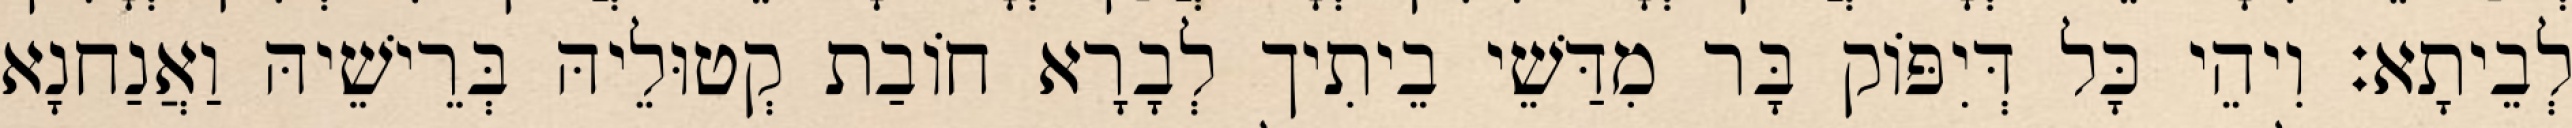
לְבֵיתָא׃ וִיהֵי כָּל דְּיִפּוֹק בָּר מִדַּשֵׁי בֵיתִיך לְבָרָא חוֹבַת קְטוּלֵיהּ בְּרֵישֵׁיהּ וַאֲנַחנָא